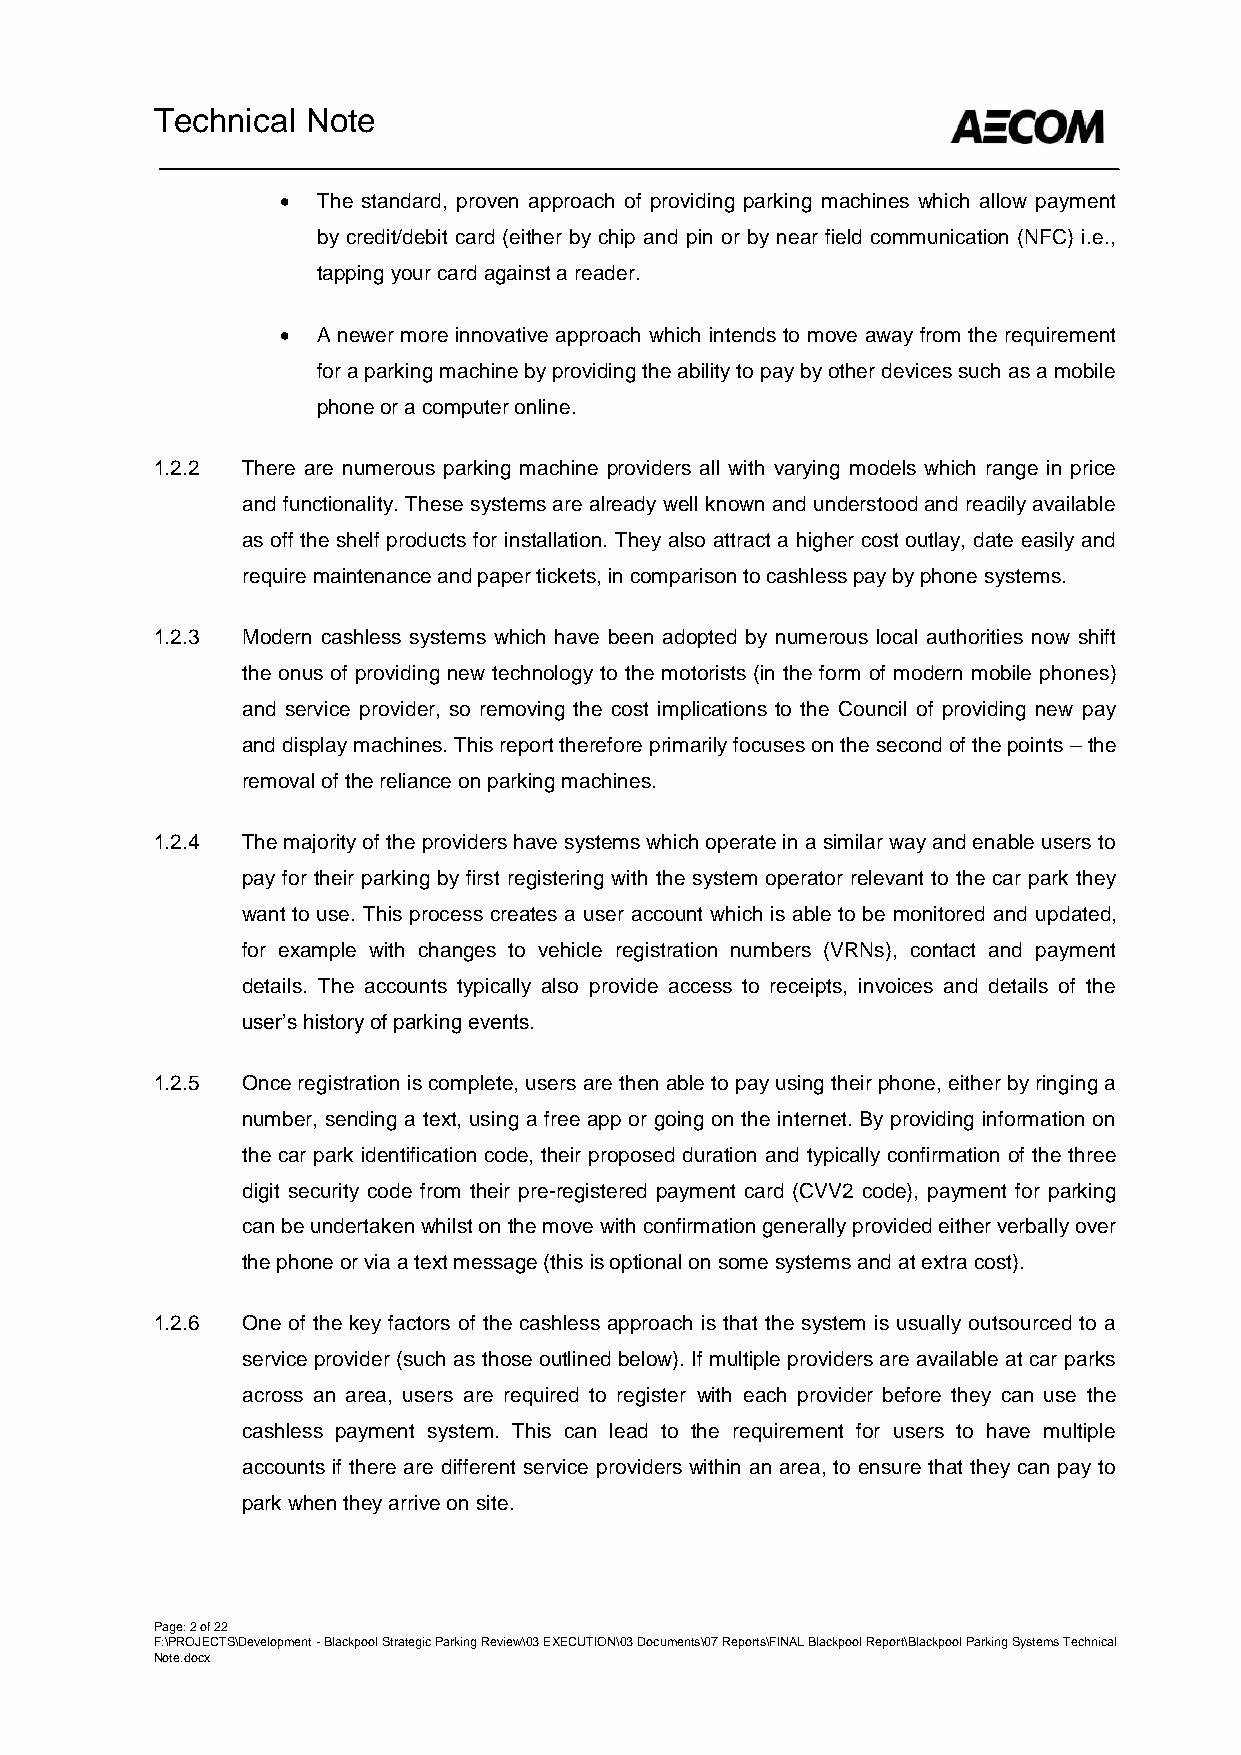
Technical Note
  The standard, proven approach of providing parking machines which allow payment
 by credit/debit card (either by chip and pin or by near field communication (NFC) i.e.,
 tapping your card against a reader.
  A newer more innovative approach which intends to move away from the requirement
 for a parking machine by providing the ability to pay by other devices such as a mobile
 phone or a computer online.
 1.2.2 There are numerous parking machine providers all with varying models which range in price
 and functionality. These systems are already well known and understood and readily available
 as off the shelf products for installation. They also attract a higher cost outlay, date easily and
 require maintenance and paper tickets, in comparison to cashless pay by phone systems.
 1.2.3 Modern cashless systems which have been adopted by numerous local authorities now shift
 the onus of providing new technology to the motorists (in the form of modern mobile phones)
 and service provider, so removing the cost implications to the Council of providing new pay
 and display machines. This report therefore primarily focuses on the second of the points – the
 removal of the reliance on parking machines.
 1.2.4 The majority of the providers have systems which operate in a similar way and enable users to
 pay for their parking by first registering with the system operator relevant to the car park they
 want to use. This process creates a user account which is able to be monitored and updated,
 for example with changes to vehicle registration numbers (VRNs), contact and payment
 details. The accounts typically also provide access to receipts, invoices and details of the
 user’s history of parking events.
 1.2.5 Once registration is complete, users are then able to pay using their phone, either by ringing a
 number, sending a text, using a free app or going on the internet. By providing information on
 the car park identification code, their proposed duration and typically confirmation of the three
 digit security code from their pre-registered payment card (CVV2 code), payment for parking
 can be undertaken whilst on the move with confirmation generally provided either verbally over
 the phone or via a text message (this is optional on some systems and at extra cost).
 1.2.6 One of the key factors of the cashless approach is that the system is usually outsourced to a
 service provider (such as those outlined below). If multiple providers are available at car parks
 across an area, users are required to register with each provider before they can use the
 cashless payment system. This can lead to the requirement for users to have multiple
 accounts if there are different service providers within an area, to ensure that they can pay to
 park when they arrive on site.
 Page: 2 of 22
 F:\PROJECTS\Development - Blackpool Strategic Parking Review\03 EXECUTION\03 Documents\07 Reports\FINAL Blackpool Report\Blackpool Parking Systems Technical
 Note.docx